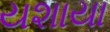
યશાયા